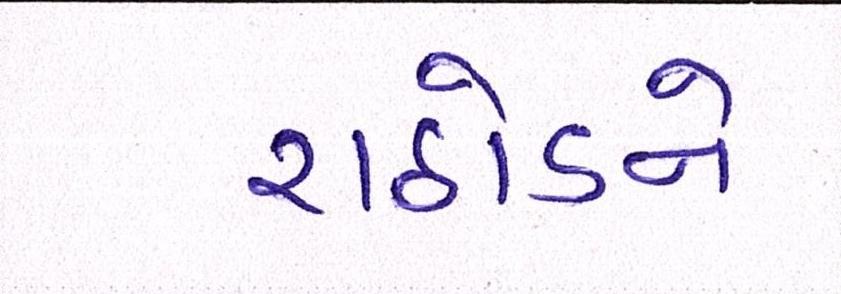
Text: રાઠોડને